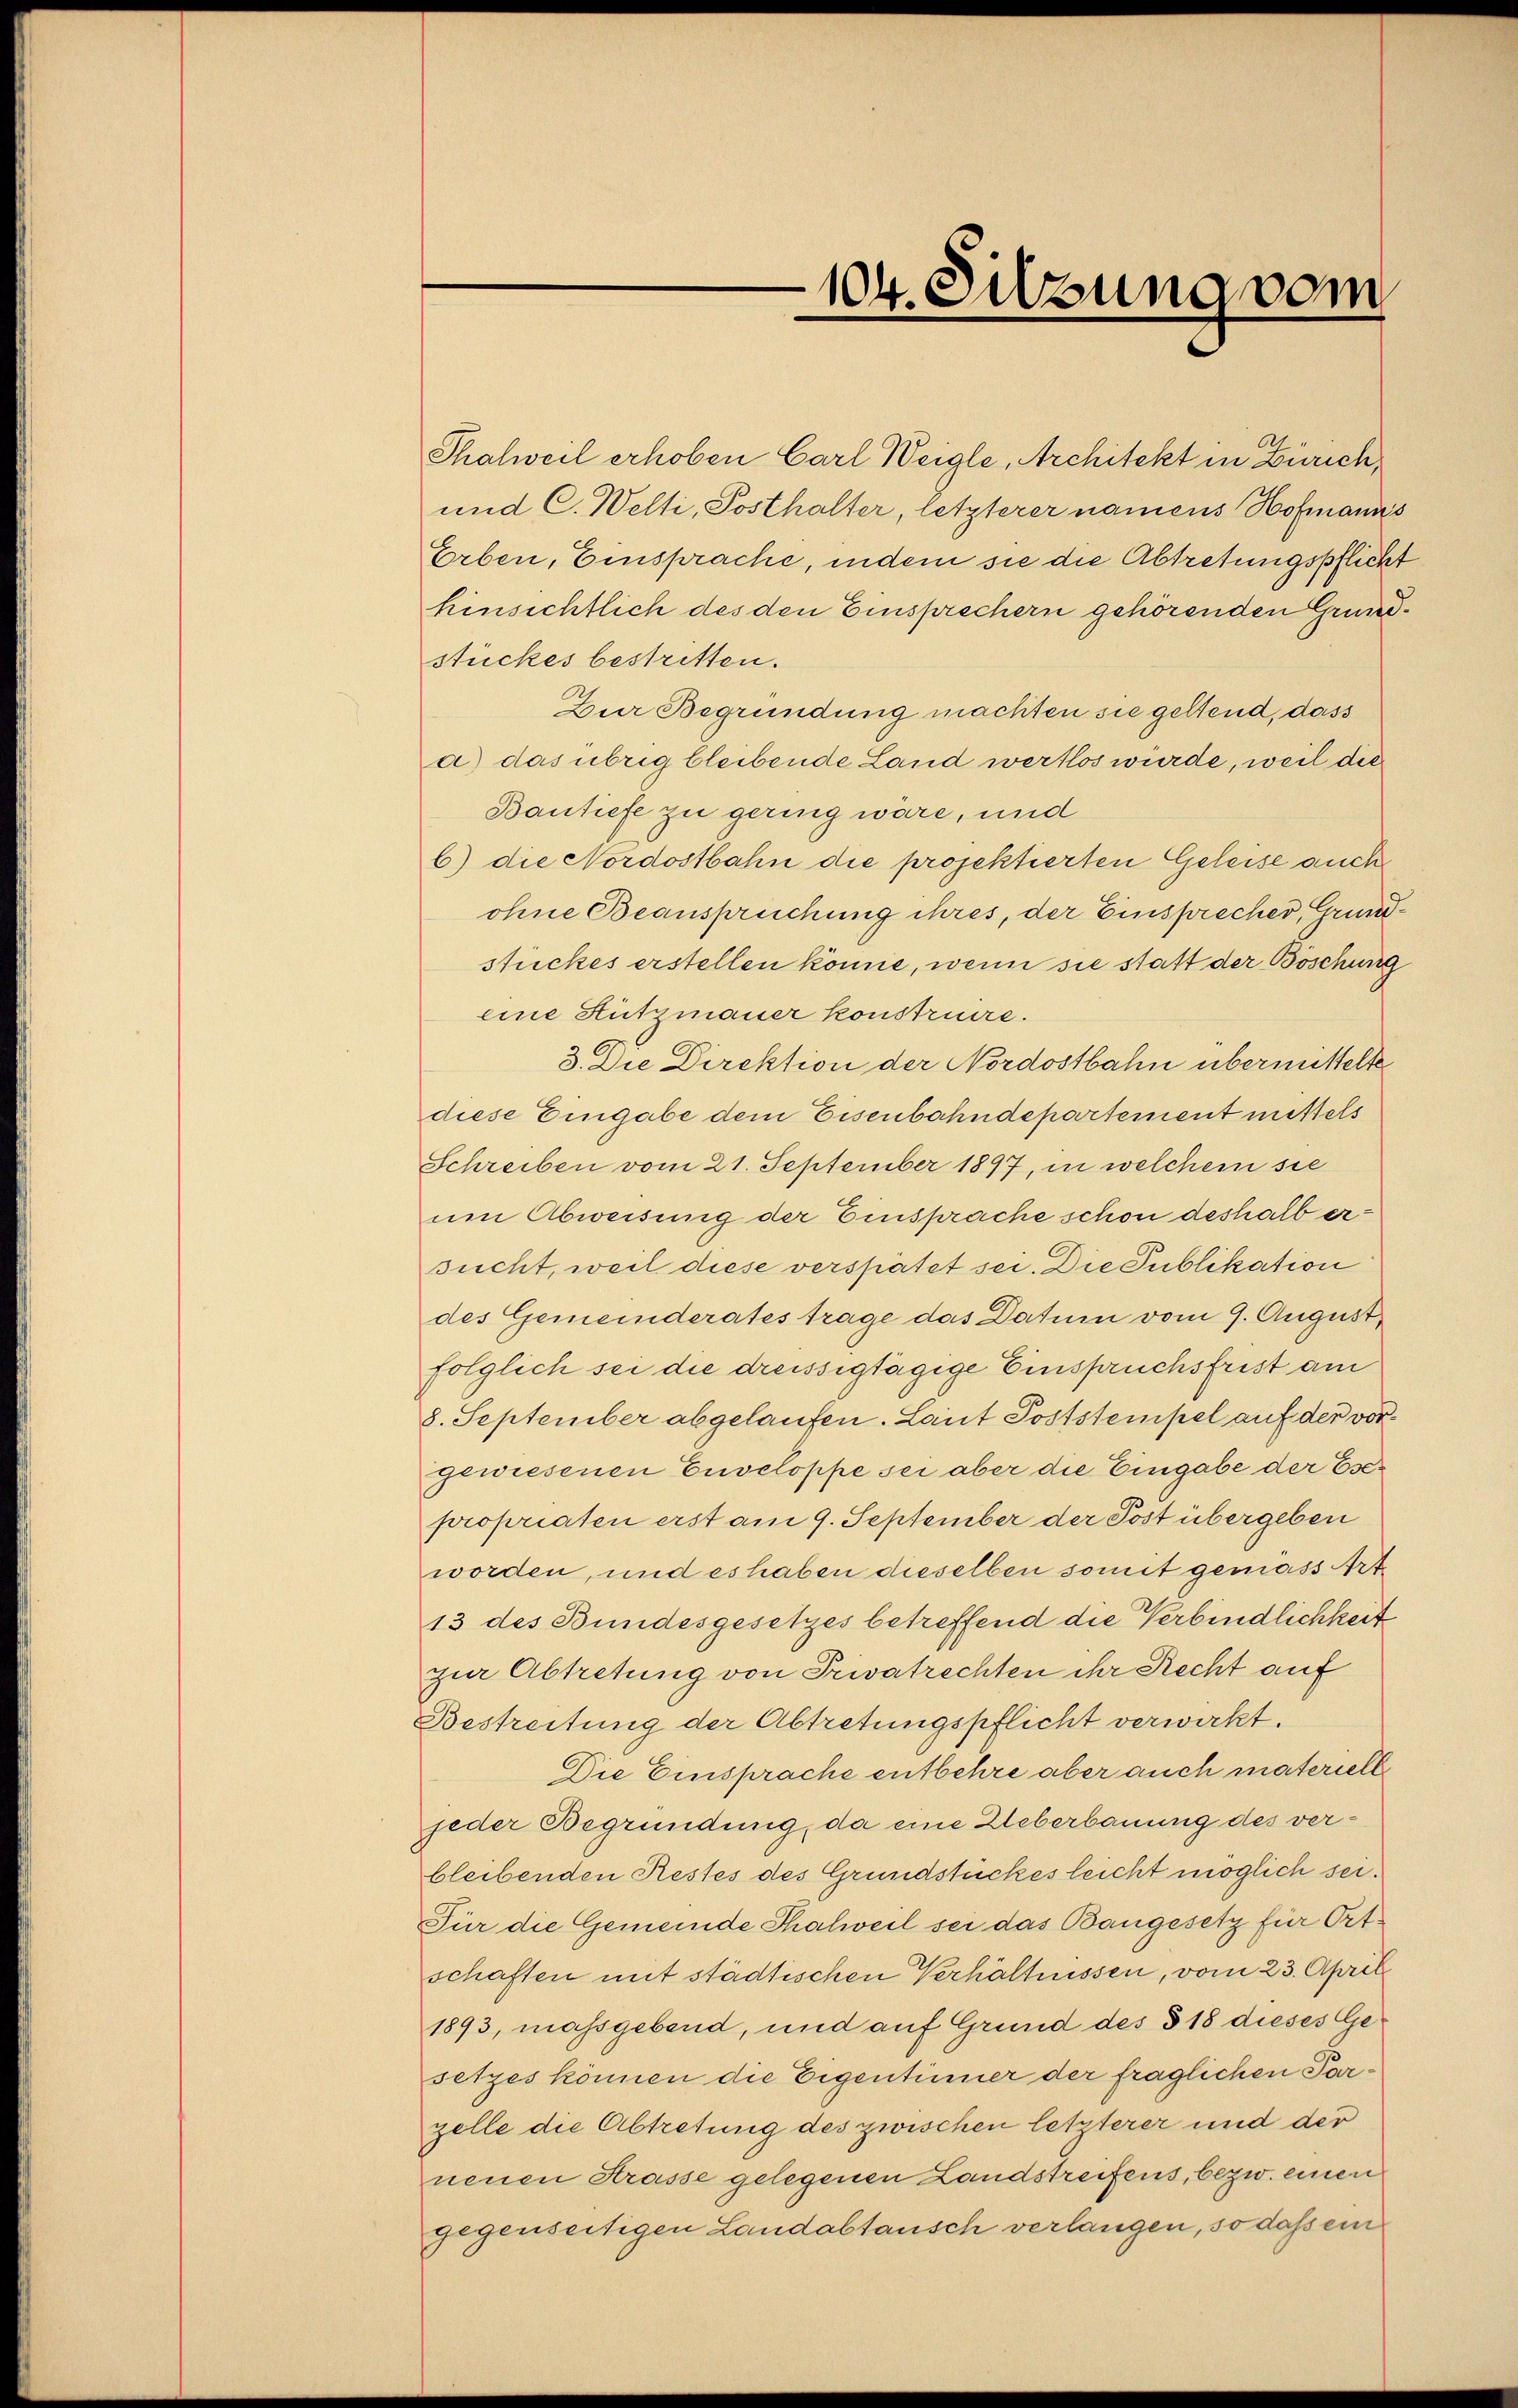
Thalweil erhoben Carl Weigle, Architekt in Zürich,
und C. Welti, Posthalter, letzterer namens Hofmanns
Erben, Einsprache, indem sie die Abtretungspflicht
hinsichtlich des den Einsprechern gehörenden Grundstückes bestritten.
Zur Begründung machten sie geltend, dass
a) das übrig bleibende Land wertlos würde, weil die
Bantiefe zu gering wäre, und
b) die Nordostbahn die projektierten Geleise auch
ohne Beanspruchung ihres, der Einsprecher, Grundstückes erstellen könne, wenn sie statt der Böschung
eine Hützmauer konstruire.
3. Die Direktion der Nordostbahn übermittelte
diese Eingabe dem Eisenbahndepartement mittels
Schreiben vom 21. September 1897, in welchem sie
um Abweisung der Einsprache schon deshalb ersucht, weil diese verspätet sei. Die Publikation
des Gemeinderates trage das Datum vom 9. August
folglich sei die dreissigtägige Einspruchsfrist am
8. September abgelaufen. Laut Poststempel auf der vorgewiesenen Enveloppe sei aber die Eingabe der Esepropriaten erst am 9. September der Post übergeben
worden, und es haben dieselben somit gemäss Art
13 des Bundesgesetzes betreffend die Verbindlichkeit
zur Abtretung von Privatrechten ihr Recht auf
Bestreitung der Abtretungspflicht verwirkt.
Die Einsprache entbehre aber auch materielle
jeder Begründung, da eine Weberbauung des verbleibenden Restes des Grundstückes leicht möglich sei.
Für die Gemeinde Thalweil sei das Baugesetz für Ortschaften mit städtischen Verhältnissen, vom 23. April
1893, massgebend, und auf Grund des § 18 dieses Gesetzes können die Eigentümer der fraglichen Parzelle die Abtretung des zwischen letzterer und der
neuen Strasse gelegenen Landstreifens, bezw. einen
gegenseitigen Landabtausch verlangen, so dass ein

104. Sitzung vom